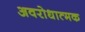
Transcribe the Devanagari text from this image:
अवरोधात्मक